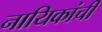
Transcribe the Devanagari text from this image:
नायिकांची